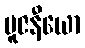
ပူဇနီယော